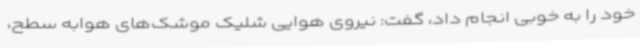
خود را به خوبی انجام داد، گفت: نیروی هوایی شلیک موشک‌های هوابه سطح،